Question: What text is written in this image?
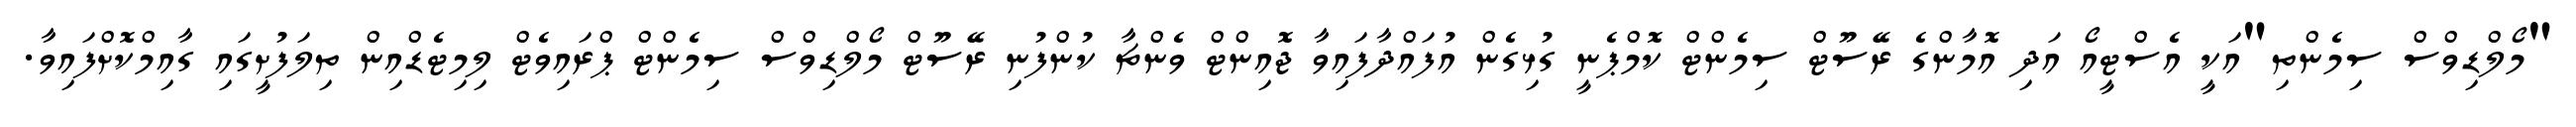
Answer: "މޯލްޑިވްސް ސިމެންތި"އަކީ އެސްޓީއޯ އަދި އޮމާންގެ ރޭސޫޓް ސިމެންޓް ކޮމްޕެނީ ގުޅިގެން އުފައްދާފައިވާ ޖޮއިންޓް ވެންޗާ ކުންފުނި ރޭސޫޓް މޯލްޑިވްސް ސިމެންޓް ޕްރައިވެޓް ލިމިޓެޑްއިން ތިލަފުށީގައި ގާއިމްކޮށްފައިވާ.